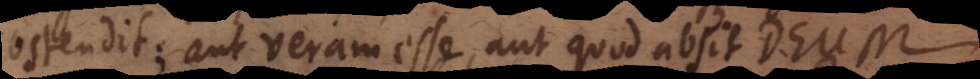
ostendit; aut veram esse, aut quod absit Deum